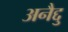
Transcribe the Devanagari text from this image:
अनैद्दु